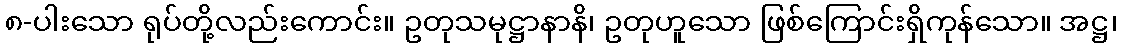
၈-ပါးသော ရုပ်တို့လည်းကောင်း။ ဥတုသမုဋ္ဌာနာနိ၊ ဥတုဟူသော ဖြစ်ကြောင်းရှိကုန်သော။ အဋ္ဌ၊